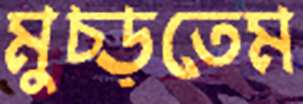
মুচ্‌ড়তেম